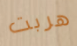
هربت